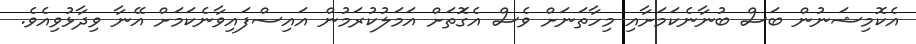
އެކޮމިޝަނުން ބަސް ބުނާނެކަމަށާއި މިހާތަނަށް ވެސް އެގޮަތަށް އަމަލުކުރަމުން އައިސްފައިވާނެކަމަށް އޭނާ ވިދާޅުވިއެވެ.